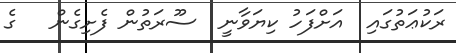
ރަކުޢަތުގައި  އަށްފަހު ކިޔަވާނީ  ސޫރަތުން ފެށިގެން   ގެ